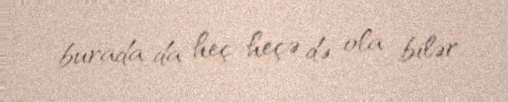
burada da heç-heçə də ola bilər.